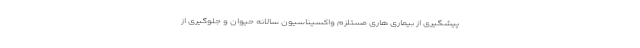
پیشگیری از بیماری هاری مستلزم واکسیناسیون سالانه حیوان و جلوگیری از